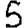
Digit: 5